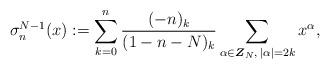
LaTeX: \begin{gather*}\sigma_{n}^{N-1}(x) :=\sum_{k=0}^{n}\frac{(-n) _{k}}{( 1-n-N) _{k}}\sum_{\alpha\in\boldsymbol{Z}_{N},\, \vert \alpha \vert =2k}x^{\alpha},\end{gather*}